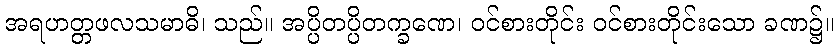
အရဟတ္တဖလသမာဓိ၊ သည်။ အပ္ပိတပ္ပိတက္ခဏေ၊ ဝင်စားတိုင်း ဝင်စားတိုင်းသော ခဏ၌။